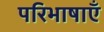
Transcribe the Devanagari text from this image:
परिभाषाऍं